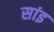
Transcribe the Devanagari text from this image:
सांइ